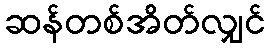
ဆန်တစ်အိတ်လျှင်